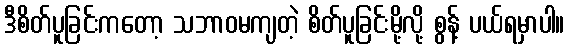
ဒီစိတ်ပူခြင်းကတော့ သဘာဝမကျတဲ့ စိတ်ပူခြင်းမို့လို့ စွန့် ပယ်ရမှာပါ။